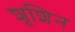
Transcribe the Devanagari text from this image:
शूशिन